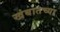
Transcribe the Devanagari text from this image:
खंबातच्या